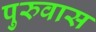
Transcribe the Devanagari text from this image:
पुरुवास